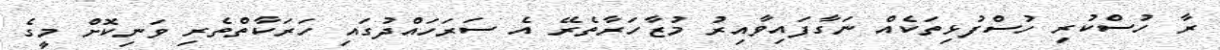
ރާ ހުސްކުރި ހުސްފުޅިތަކެއް ނަގާފައިވާއިރު މުޒާހަރާތެރޭ އެ ސަރަހައްދުގައި ހަރަކާތްތެރި ވަނިކޮށް މީގެ